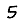
Digit: 5